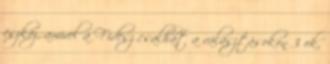
eszköz, amivel a Fidesz csalhat a választásokon 3 ok,